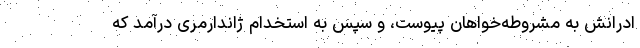
ادرانش به مشروطه‌خواهان پیوست، و سپس به استخدام ژاندارمری درآمد که